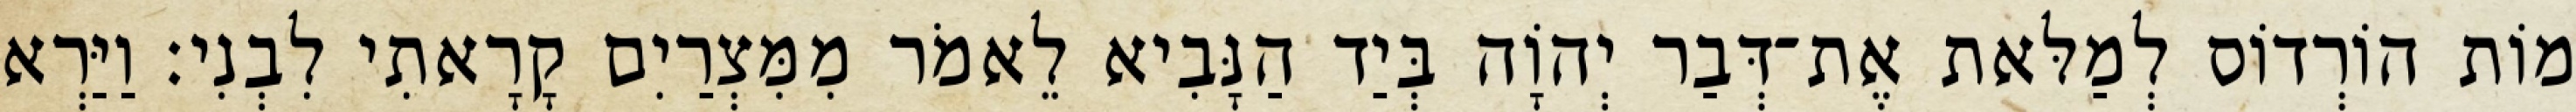
מוֹת הוֹרְדוֹס לְמַלּאת אֶת־דְּבַר יְהוָֹה בְּיַד הַנָּבִיא לֵאמֹר מִמִּצְרַיִם קָרָאתִי לִבְנִי׃ וַיַּרְא